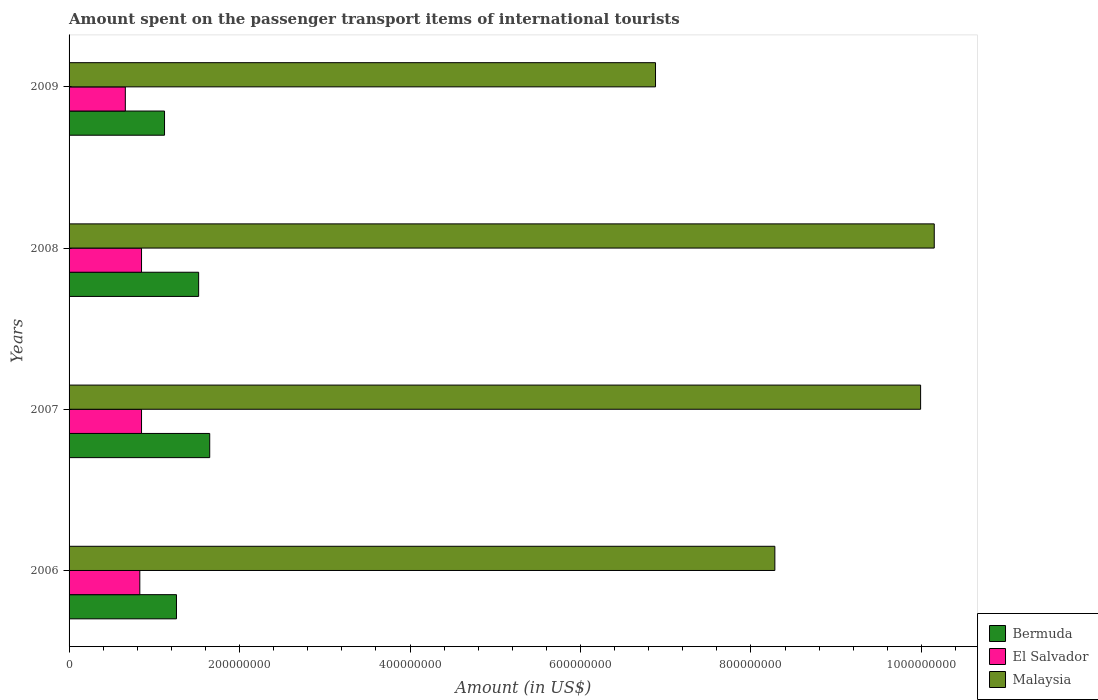
| Years | Bermuda | El Salvador | Malaysia |
 | --- | --- | --- | --- |
 | 2006 | 1.26e+08 | 8.3e+07 | 8.28e+08 |
 | 2007 | 1.65e+08 | 8.5e+07 | 9.99e+08 |
 | 2008 | 1.52e+08 | 8.5e+07 | 1.02e+09 |
 | 2009 | 1.12e+08 | 6.6e+07 | 6.88e+08 |